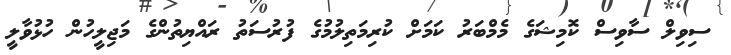
ސިވިލް ސާވިސް ކޮމިޝަގެ މެމްބަރު ކަމަށް ކުރިމަތިލުމުގެ ފުރުސަތު ރައްޔިތުންގެ މަޖިލީހުން ހުޅުވާލީ